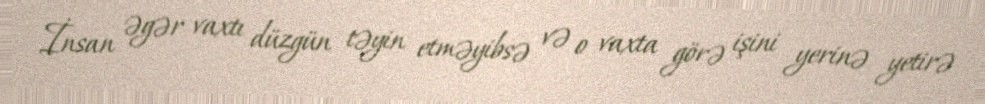
İnsan əgər vaxtı düzgün təyin etməyibsə və o vaxta görə işini yerinə yetirə